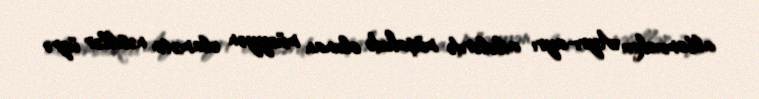
albomuokeu Ayrı-ayrı ailələrdə müşahidə olunan müəyyən əlamətin nəsillər üzrə